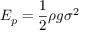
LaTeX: E _ { p } = { \frac { 1 } { 2 } } \rho g \sigma ^ { 2 }